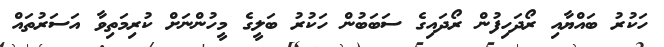
ހަކުރު ބައްޔާއި ރޯދަހިފުން ރޯދައިގެ ސަބަބުން ހަކުރު ބަލީގެ މީހުންނަށް ކުރިމަތިވާ އަސަރުތައް